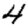
Digit: 4